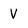
Character: V